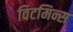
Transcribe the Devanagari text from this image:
विटमिन्स